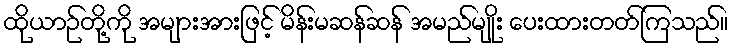
ထိုယာဉ်တို့ကို အများအားဖြင့် မိန်းမဆန်ဆန် အမည်မျိုး ပေးထားတတ်ကြသည်။